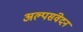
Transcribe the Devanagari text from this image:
अल्पसंवेदन